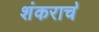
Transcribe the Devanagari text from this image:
शंकराच॓